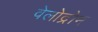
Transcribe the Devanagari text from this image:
वेलोद्रोम